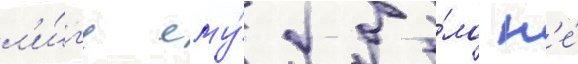
л'и́г'е ему́ бы́ло н'е́